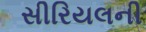
સીરિયલની